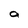
Character: a